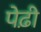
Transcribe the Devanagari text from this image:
पेढ़ी